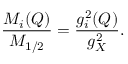
\frac { M _ { i } ( Q ) } { M _ { 1 / 2 } } = \frac { g _ { i } ^ { 2 } ( Q ) } { g _ { X } ^ { 2 } } .